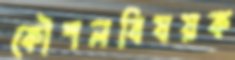
কৌশলবিষয়ক